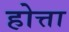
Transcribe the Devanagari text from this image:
होत्ता